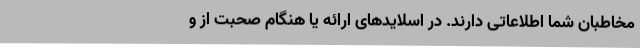
مخاطبان شما اطلاعاتی دارند. در اسلایدهای ارائه یا هنگام صحبت از و